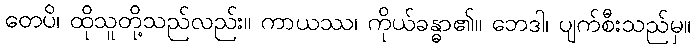
တေပိ၊ ထိုသူတို့သည်လည်း။ ကာယဿ၊ ကိုယ်ခန္ဓာ၏။ ဘေဒါ၊ ပျက်စီးသည်မှ။